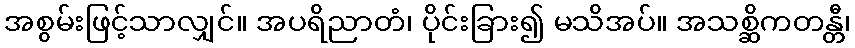
အစွမ်းဖြင့်သာလျှင်။ အပရိညာတံ၊ ပိုင်းခြား၍ မသိအပ်။ အသစ္ဆိကတန္တီ၊